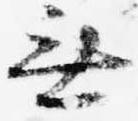
無